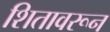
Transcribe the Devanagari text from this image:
शितावरून